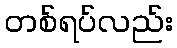
တစ်ရပ်လည်း